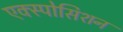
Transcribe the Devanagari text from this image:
एक्स्पोसिशन